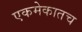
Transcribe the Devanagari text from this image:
एकमेकातच